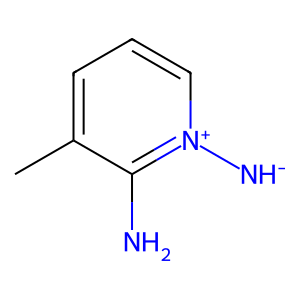
SMILES: Cc1ccc[n+]([NH-])c1N
Inhibits HIV replication: No